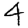
Digit: 4